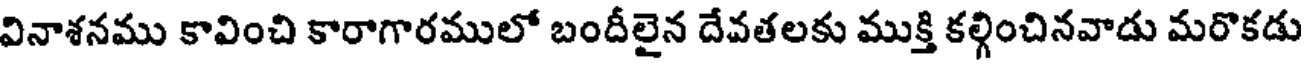
వినాశనము కావించి కారాగారములో బందీలైన దేవతలకు ముక్తి కల్గించినవాడు మరొకడు